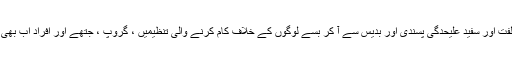
امریکہ میں سفید نسل و قوم پرستی ، یہودی کی مخالفت اور سفید علیحدٰگی پسندی اور بدیس سے آ کر بسے لوگوں کے خلاف کام کرنے والی تنظیمیں ، گروپ ، جتھے اور افراد اب بھی موجود ہیں اور ان کی وارداتیں جاری و ساری ہیں ۔